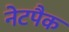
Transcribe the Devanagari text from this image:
नेटपैक